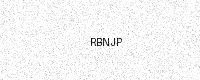
Text: RBNJP